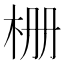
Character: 栅